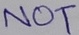
Text: NOT